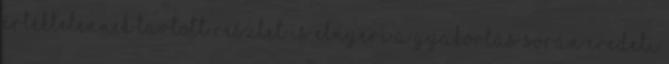
értéktelennek tartott részlet is elnyeri a gyakorlás során eredeti